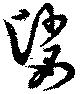
娑